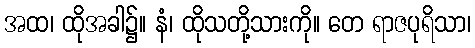
အထ၊ ထိုအခါ၌။ နံ၊ ထိုသတို့သားကို။ တေ ရာဇပုရိသာ၊